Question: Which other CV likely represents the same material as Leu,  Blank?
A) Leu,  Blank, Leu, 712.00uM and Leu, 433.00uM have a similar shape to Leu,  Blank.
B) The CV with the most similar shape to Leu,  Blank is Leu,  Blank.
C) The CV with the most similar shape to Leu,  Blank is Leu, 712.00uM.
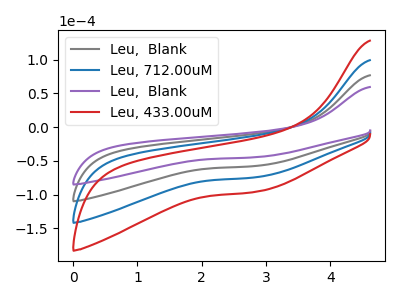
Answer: <think>The gray curve "Leu,  Blank" has no peaks. The blue curve "Leu, 712.00uM" has no peaks. The purple curve "Leu,  Blank" has no peaks. The red curve "Leu, 433.00uM" has no peaks.
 Neither "Leu,  Blank" or "Leu, 712.00uM" have any peaks. Neither "Leu,  Blank" or "Leu,  Blank" have any peaks. Neither "Leu,  Blank" or "Leu, 433.00uM" have any peaks. Neither "Leu, 712.00uM" or "Leu,  Blank" have any peaks. Neither "Leu, 712.00uM" or "Leu, 433.00uM" have any peaks. Neither "Leu,  Blank" or "Leu, 433.00uM" have any peaks.</think>
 <answer>A) "Leu,  Blank", "Leu, 712.00uM" and "Leu, 433.00uM" have a similar shape to "Leu,  Blank".</answer>
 <eval>A</eval>